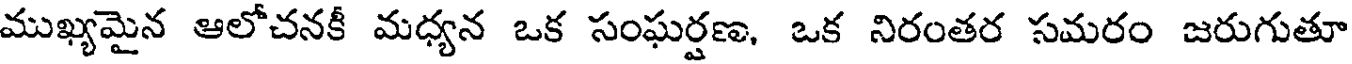
ముఖ్యమైన ఆలోచనకీ మధ్యన ఒక సంఘర్షణ, ఒక నిరంతర సమరం జరుగుతూ